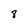
Character: 8